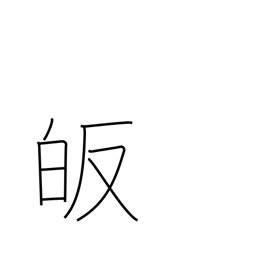
Meaning: lead to